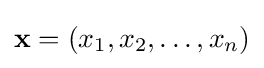
\mathbf {x} =(x_{1},x_{2},\dots ,x_{n})